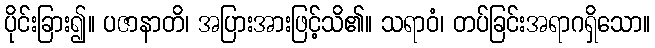
ပိုင်းခြား၍။ ပဇာနာတိ၊ အပြားအားဖြင့်သိ၏။ သရာဝံ၊ တပ်ခြင်းအရာဂရှိသော။